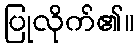
ပြုလိုက်၏။